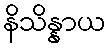
နိသိန္နာယ